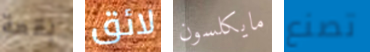
بقعة لائق مايكلسون تصنع